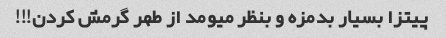
پیتزا بسیار بدمزه و بنظر میومد از طهر گرمش کردن!!!